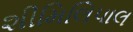
શીમિલિપાલ